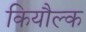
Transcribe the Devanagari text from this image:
कियौल्क